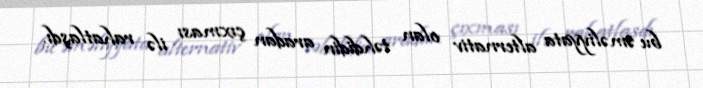
bu əməliyyata alternativ olan təhdidin aradan çıxması ilə rahatlaşdı.